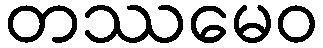
တဿမေဝ